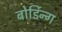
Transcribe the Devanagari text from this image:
बोर्डिन्ग